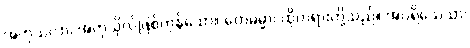
အကုသလာ၊ အကုသိုလ်ဖြစ်ကုန်သော။ တေဓမ္မာ၊ ထိုတရားတို့သည်။ အပရိသေသာ၊